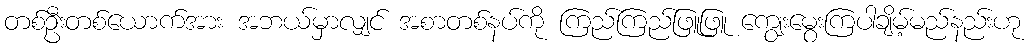
တစ်ဦးတစ်ယောက်အား အဘယ်မှာလျှင် အစာတစ်နပ်ကို ကြည်ကြည်ဖြူဖြူ ကျွေးမွေးကြပါချိမ့်မည်နည်းဟု